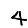
Digit: 4